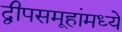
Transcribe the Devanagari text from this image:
द्वीपसमूहांमध्ये